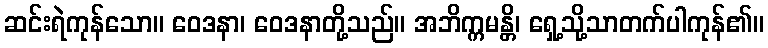
ဆင်းရဲကုန်သော။ ဝေဒနာ၊ ဝေဒနာတို့သည်။ အဘိက္ကမန္တိ၊ ရှေ့သို့သာတက်ပါကုန်၏။